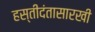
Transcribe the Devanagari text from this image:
हस्तीदंतासारखी